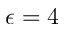
\epsilon = 4